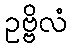
ဥဗ္ဗိလံ